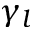
\gamma _ { l }